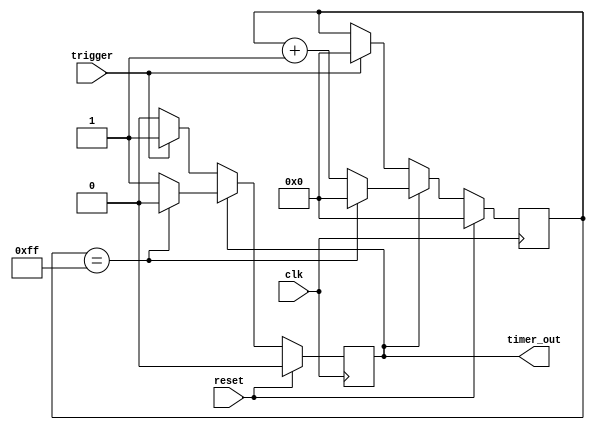
module one_shot_timer (
    input wire clk,
    input wire reset,
    input wire trigger,
    output reg timer_out
);

reg [7:0] count;
reg timer_running;

always @(posedge clk) begin
    if (reset) begin
        count <= 8'b0;
        timer_running <= 1'b0;
    end else if (timer_running) begin
        if (count == 8'b11111111) begin
            count <= 8'b0;
            timer_running <= 1'b0;
        end else begin
            count <= count + 1;
        end
    end else if (trigger) begin
        count <= 8'b0;
        timer_running <= 1'b1;
    end
end

assign timer_out = timer_running;

endmodule